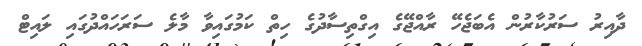
ދާއިރު ސަރުކާރުން އެބަޖެހޭ ރާއްޖޭގެ އިގްތިސާދުގެ ހިތް ކަމުގައިވާ މާލެ ސަރަހައްދުގައި ލައިޓް